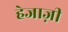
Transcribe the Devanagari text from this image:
हेजाज़ी